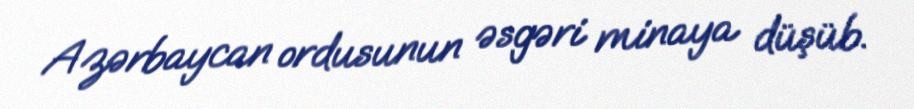
Azərbaycan ordusunun əsgəri minaya düşüb.